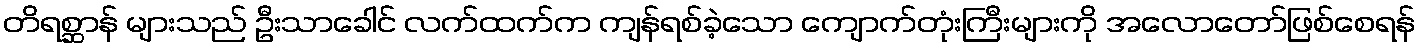
တိရစ္ဆာန် များသည် ဦးသာခေါင် လက်ထက်က ကျန်ရစ်ခဲ့သော ကျောက်တုံးကြီးများကို အလောတော်ဖြစ်စေရန်